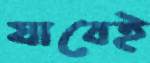
যাবেই